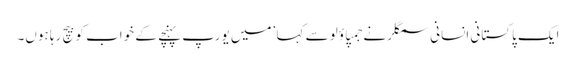
ایک پاکستانی انسانی سمگلر نے جمپاؤلو سے کہا ’میں یورپ پہنچے کے خواب کو بیچ رہا ہوں۔